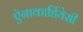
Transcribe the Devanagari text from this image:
ऐनाकार्डियेसी